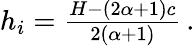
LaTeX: \begin{array}{r}{h_{i}=\frac{H-(2\alpha+1)c}{2(\alpha+1)}\, .}\end{array}